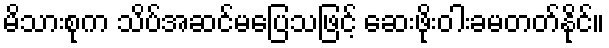
မိသားစုက သိပ်အဆင်မပြေသဖြင့် ဆေးဖိုးဝါးခမတတ်နိုင်။